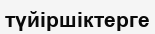
түйіршіктерге